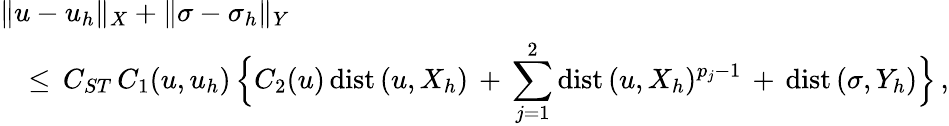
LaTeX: \begin{array}{l}{\displaystyle\| u-u_{h}\| _{X}+\| \sigma-\sigma_{h}\| _{Y}}\\ {\displaystyle\quad\leq\, C_{ST}\, C_{1}(u,u_{h})\, \Big\{ C_{2}(u)\, \mathrm{dist}\, (u,X_{h})\, +\, \sum_{j=1}^{2}\mathrm{dist}\, (u,X_{h})^{p_{j}-1}\, +\, \mathrm{dist}\, (\sigma,Y_{h})\Big\} \, ,}\end{array}